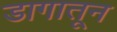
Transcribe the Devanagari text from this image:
डागातून